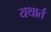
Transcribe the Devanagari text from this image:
यथार्त